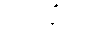
ကုပနီယေ